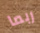
ربما